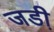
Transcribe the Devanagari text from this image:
जडी़